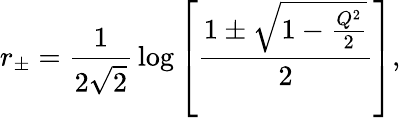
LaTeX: r_{\pm}={\frac{1}{2\sqrt 2}}\log\left[{\frac{1\pm\sqrt{1-{\frac{Q^{2}}{2}}}}{2}}\right],